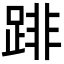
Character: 䠊